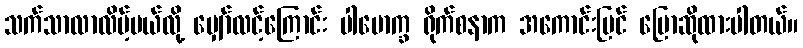
သက်သာလာလိမ့်မယ်လို့ မျှော်လင့်ကြောင်း ပါမောက္ခ ရိုက်စနာက အကောင်းမြင် ပြောဆိုထားပါတယ်။